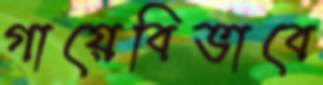
গায়েবিভাবে